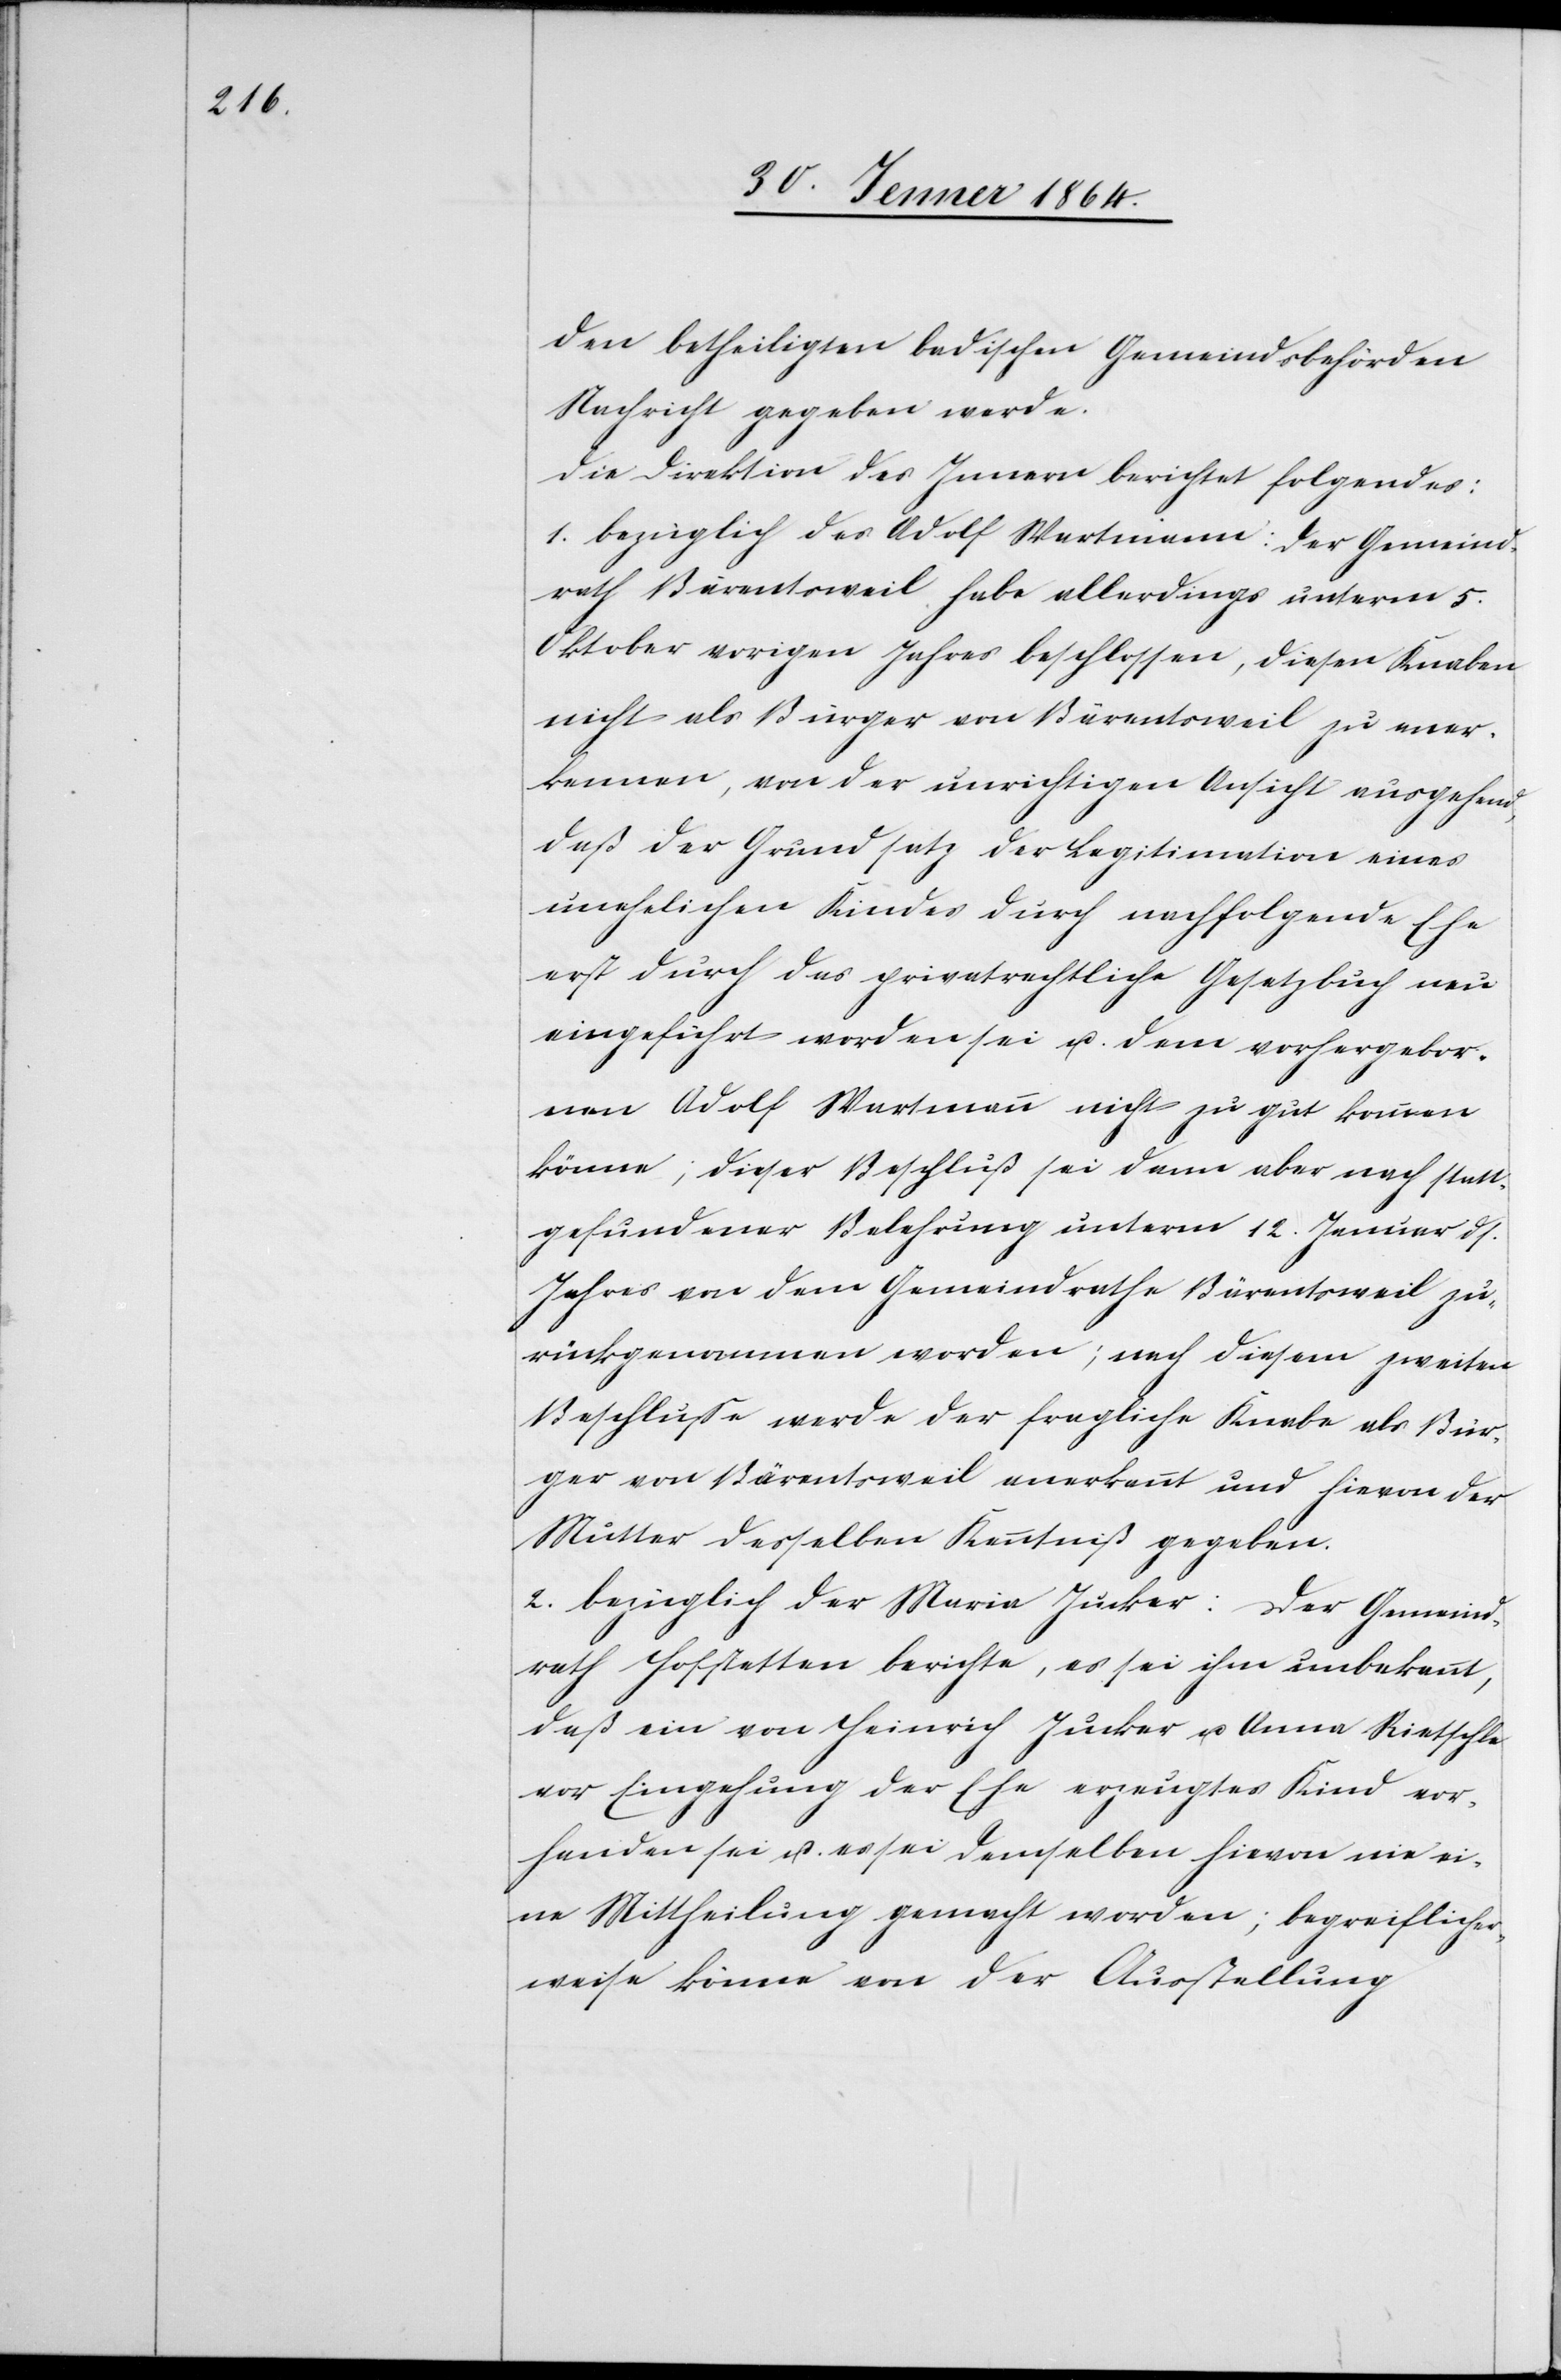
den betheiligten badischen Gemeindsbehörden
Nachricht gegeben werde.
Die Direktion des Innern berichtet folgendes:
1. bezüglich des Adolf Wartmann: Der Gemeind¬
rath Bärentsweil habe allerdings unterm 5.
Oktober vorigen Jahres beschlossen, diesen Knaben
nicht als Bürger von Bärentsweil zu aner¬
kennen, von der unrichtigen Ansicht ausgehend,
daß der Grundsatz der Legitimation eines
unehelichen Kindes durch nachfolgende Ehe
erst durch das privatrechtliche Gesetzbuch neu
eingeführt worden sei u. dem vorhergebor¬
nen Adolf Wartmann nicht zu gut kommen
könne; dieser Beschluß sei dann aber nach statt¬
gefundener Belehrung unterm 12. Januar ds.
Jahres von dem Gemeindrathe Bärentsweil zu¬
rückgenommen worden; nach diesem zweiten
Beschlusse werde der fragliche Knabe als Bür¬
ger von Bärentsweil anerkannt und hievon der
Mutter desselben Kenntniß gegeben.
2. bezüglich der Maria Jucker: Der Gemeind¬
rath Hofstetten berichte, es sei ihm unbekannt,
daß ein von Heinrich Jucker u. Anna Rietschle
vor Eingehung der Ehe erzeugtes Kind vor¬
handen sei u. es sei demselben hievon nie ei¬
ne Mittheilung gemacht worden; begreiflicher¬
weise könne von der Ausstellung